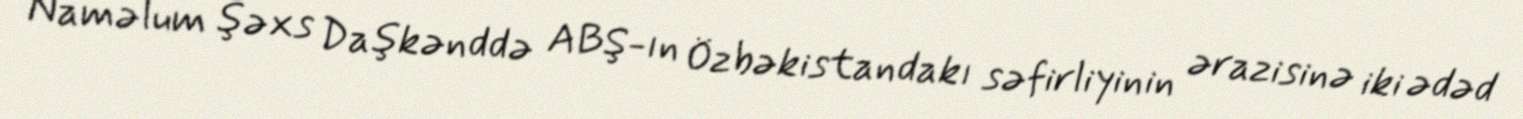
Naməlum şəxs Daşkənddə ABŞ-ın Özbəkistandakı səfirliyinin ərazisinə iki ədəd